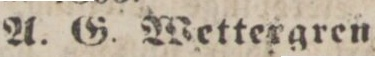
A. G. Wettergren.